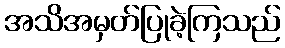
အသိအမှတ်ပြုခဲ့ကြသည်